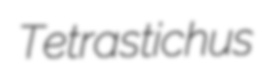
Tetrastichus